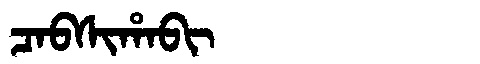
Manchu: ᠴᠠᠪᠰᡳᡥᠠᠪᡳ
Romanization: CABSIHABI